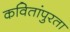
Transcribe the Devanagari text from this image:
कवितांपुरता